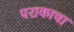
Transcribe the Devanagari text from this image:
पराकाचा